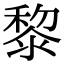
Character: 黎